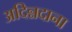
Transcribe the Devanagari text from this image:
अदिन्नदाना